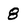
Character: 8